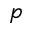
p